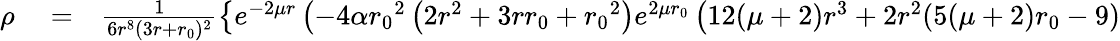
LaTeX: \begin{array}{rlr}{\rho}&{{}=}&{\frac{1}{6r^{8}(3r+{r_{0}})^{2}}\left\lbrace e^{-2\mu r}\left(-4\alpha{r_{0}}^{2}\left(2r^{2}+3r{r_{0}}+{r_{0}}^{2}\right)e^{2\mu{r_{0}}}\left(12(\mu+2)r^{3}+2r^{2}(5(\mu+2){r_{0}}-9)\right.\right.\right.}\end{array}